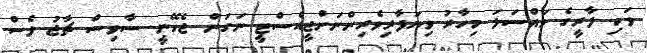
ވަކި ލާރީގެ މައްސަލަ މިހާރު ވިޔަފާރިވެރިންނަށްޖީއެސްޓީ ނަގަން ޖެހޭނީ ސާވިސް ޗާޖު ވެސް